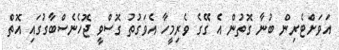
އަވަށްޓެރިން ބުނާ ގޮތުން އެ ގޭގެ ވެރިމީހާ އެވަގުތު ގޮސްވީ ޖޮހެނެސްބާގުގައި އޮތް